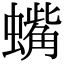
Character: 蟕